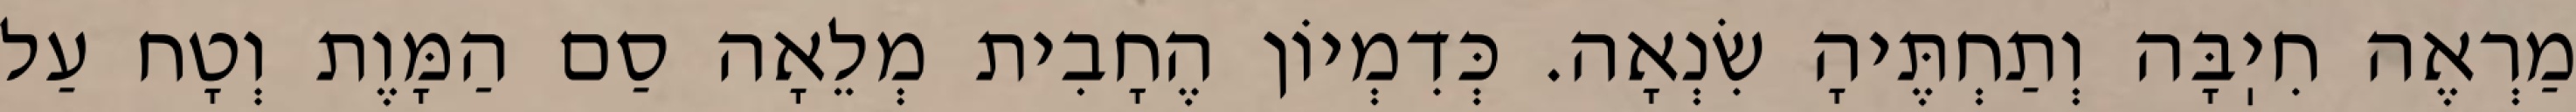
מַרְאֶה חִיֽבָּה וְתַחְתֶּיהָ שִׂנְאָה. כְּדִמְיוֹן הֶחָבִית מְלֵאָה סַם הַמָּוֶת וְטָח עַל